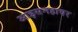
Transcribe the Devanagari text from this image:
आइसनहावर